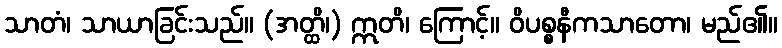
သာတံ၊ သာယာခြင်းသည်။ (အတ္ထိ၊) ဣတိ၊ ကြောင့်။ ဝိပစ္စနီကသာတော၊ မည်၏။